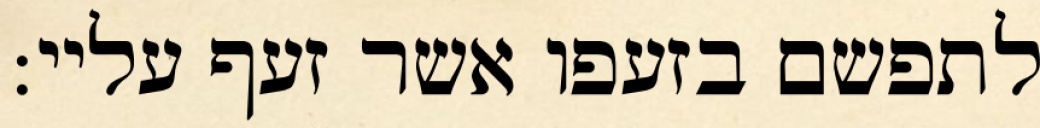
לתפשם בזעפו אשר זעף עליי: